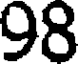
98